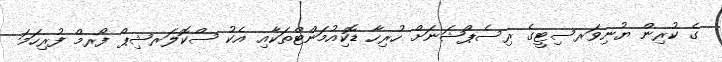
ގެ ކުރިން ޔުނިވަރސިޓީގެ ރިސެޕްޝަނަށް ހުރިހާ ޑޮކިއުމަންޓްތަކާއި އެކު ސްކޮލަރޝިޕް ފޯރމް ފުރިހަމަ